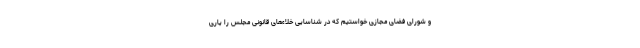
و شورای فضای مجازی خواستیم که در شناسایی خلاءهای قانونی مجلس را یاری